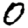
Digit: 0